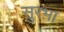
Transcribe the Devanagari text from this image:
सुरभा